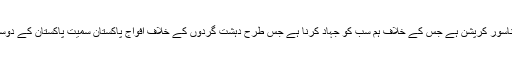
چیئرمین نیب نے کہا کہ اس وقت ملک میں دہشت گردی کے بعد دوسرا بڑا ناسور کرپشن ہے جس کے خلاف ہم سب کو جہاد کرنا ہے جس طرح دہشت گردوں کے خلاف افواج پاکستان سمیت پاکستان کے دوسرے سیکیورٹی ادارے اور سول سوسائٹی اپنے فرائض سرانجام دے رہی ہے۔